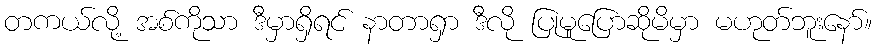
တကယ်လို့ အစ်ကိုသာ ဒီမှာရှိရင် နာတာရှာ ဒီလို ပြုမူပြောဆိုမိမှာ မဟုတ်ဘူးနော်။